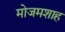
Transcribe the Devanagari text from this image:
मोजमशाह